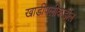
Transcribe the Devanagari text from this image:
खाडीपलीकडील